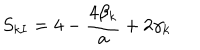
LaTeX: S _ { k I } = 4 - \frac { 4 \beta _ { k } } { a } + 2 \gamma _ { k }